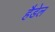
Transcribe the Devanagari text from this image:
हैडेल